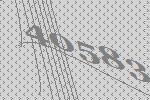
40583